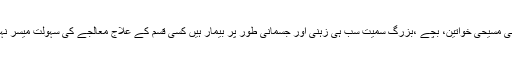
پاکستانی مسیحی خواتین، بچے ،بزرگ سمیت سب ہی زہنی اور جسمانی طور پر بیمار ہیں کسی قسم کے علاج معالجے کی سہولت میسر نہی ہے۔